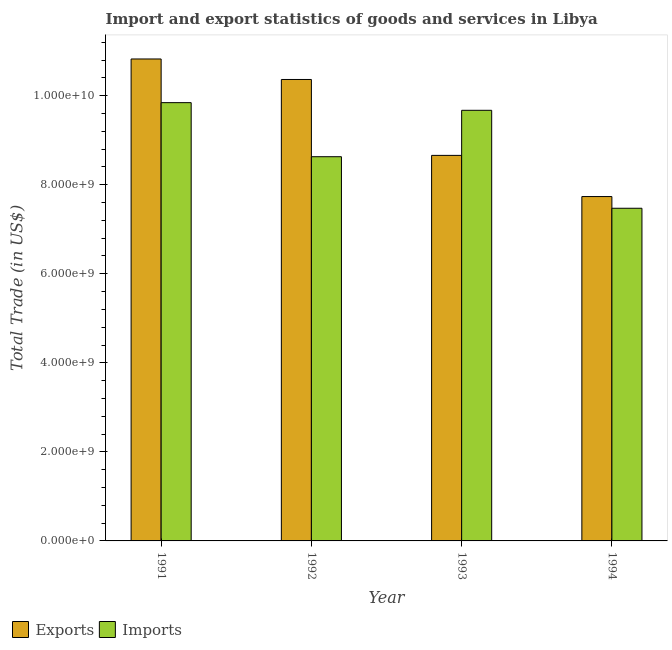
| Year | Exports | Imports |
 | --- | --- | --- |
 | 1991 | 1.08e+10 | 9.84e+09 |
 | 1992 | 1.04e+10 | 8.63e+09 |
 | 1993 | 8.66e+09 | 9.67e+09 |
 | 1994 | 7.73e+09 | 7.47e+09 |